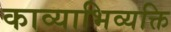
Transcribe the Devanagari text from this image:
काव्याभिव्यक्ति